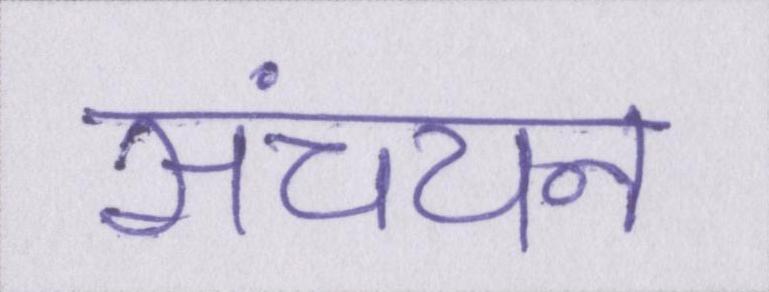
संचयन